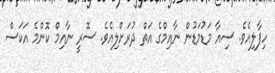
ހިފާލިއެވެ. ސިއާ މަޑުމަޑުން ނާއިމްގެ އަތް ދުރަށްލިއެވެ. ސޮރީ ނާއިމް ކޮންމެ އަކަސް